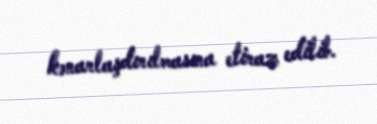
kənarlaşdırılmasına etiraz edilib.